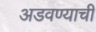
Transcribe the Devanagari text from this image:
अडवण्याची